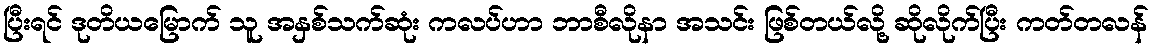
ပြီးရင် ဒုတိယမြောက် သူ အနှစ်သက်ဆုံး ကလပ်ဟာ ဘာစီလိုနာ အသင်း ဖြစ်တယ်လို့ ဆိုလိုက်ပြီး ကတ်တလန်